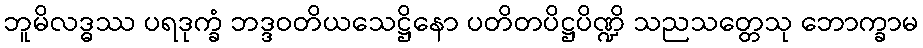
ဘူမိလဒ္ဓဿ ပရဒုက္ခံ ဘဒ္ဒဝတိယသေဋ္ဌိနော ပတိတပိဋ္ဌပိဏ္ဍိ သညသတ္တေသု ဘောက္ခာမ